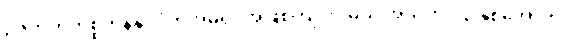
ဉဇဘက်ကစ္စတန်နိုင်ငံကအိမ်ရှင်အဖြစ်ကျင်းပမယ့် အသက် ၂၃ နှစ်အောက်